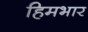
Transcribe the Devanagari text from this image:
हिमभार